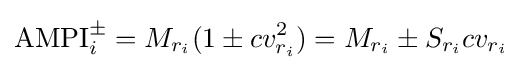
\mathrm {AMPI} _{i}^{\pm }=M_{r_{i}}(1\pm cv_{r_{i}}^{2})=M_{r_{i}}\pm S_{r_{i}}cv_{r_{i}}